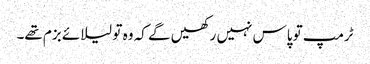
ٹرمپ تو پاس نہیں رکھیں گے کہ وہ تو لیلائے بزم تھے۔